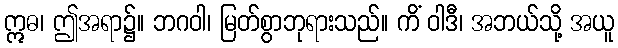
ဣဓ၊ ဤအရာ၌။ ဘဂဝါ၊ မြတ်စွာဘုရားသည်။ ကိံ ဝါဒီ၊ အဘယ်သို့ အယူ